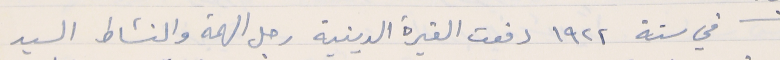
في سنة ١٩٢٢ دفعت الغيرة الدينية رجل الهمة والنشاط السيد